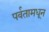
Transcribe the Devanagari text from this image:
पर्वतामधून